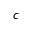
c